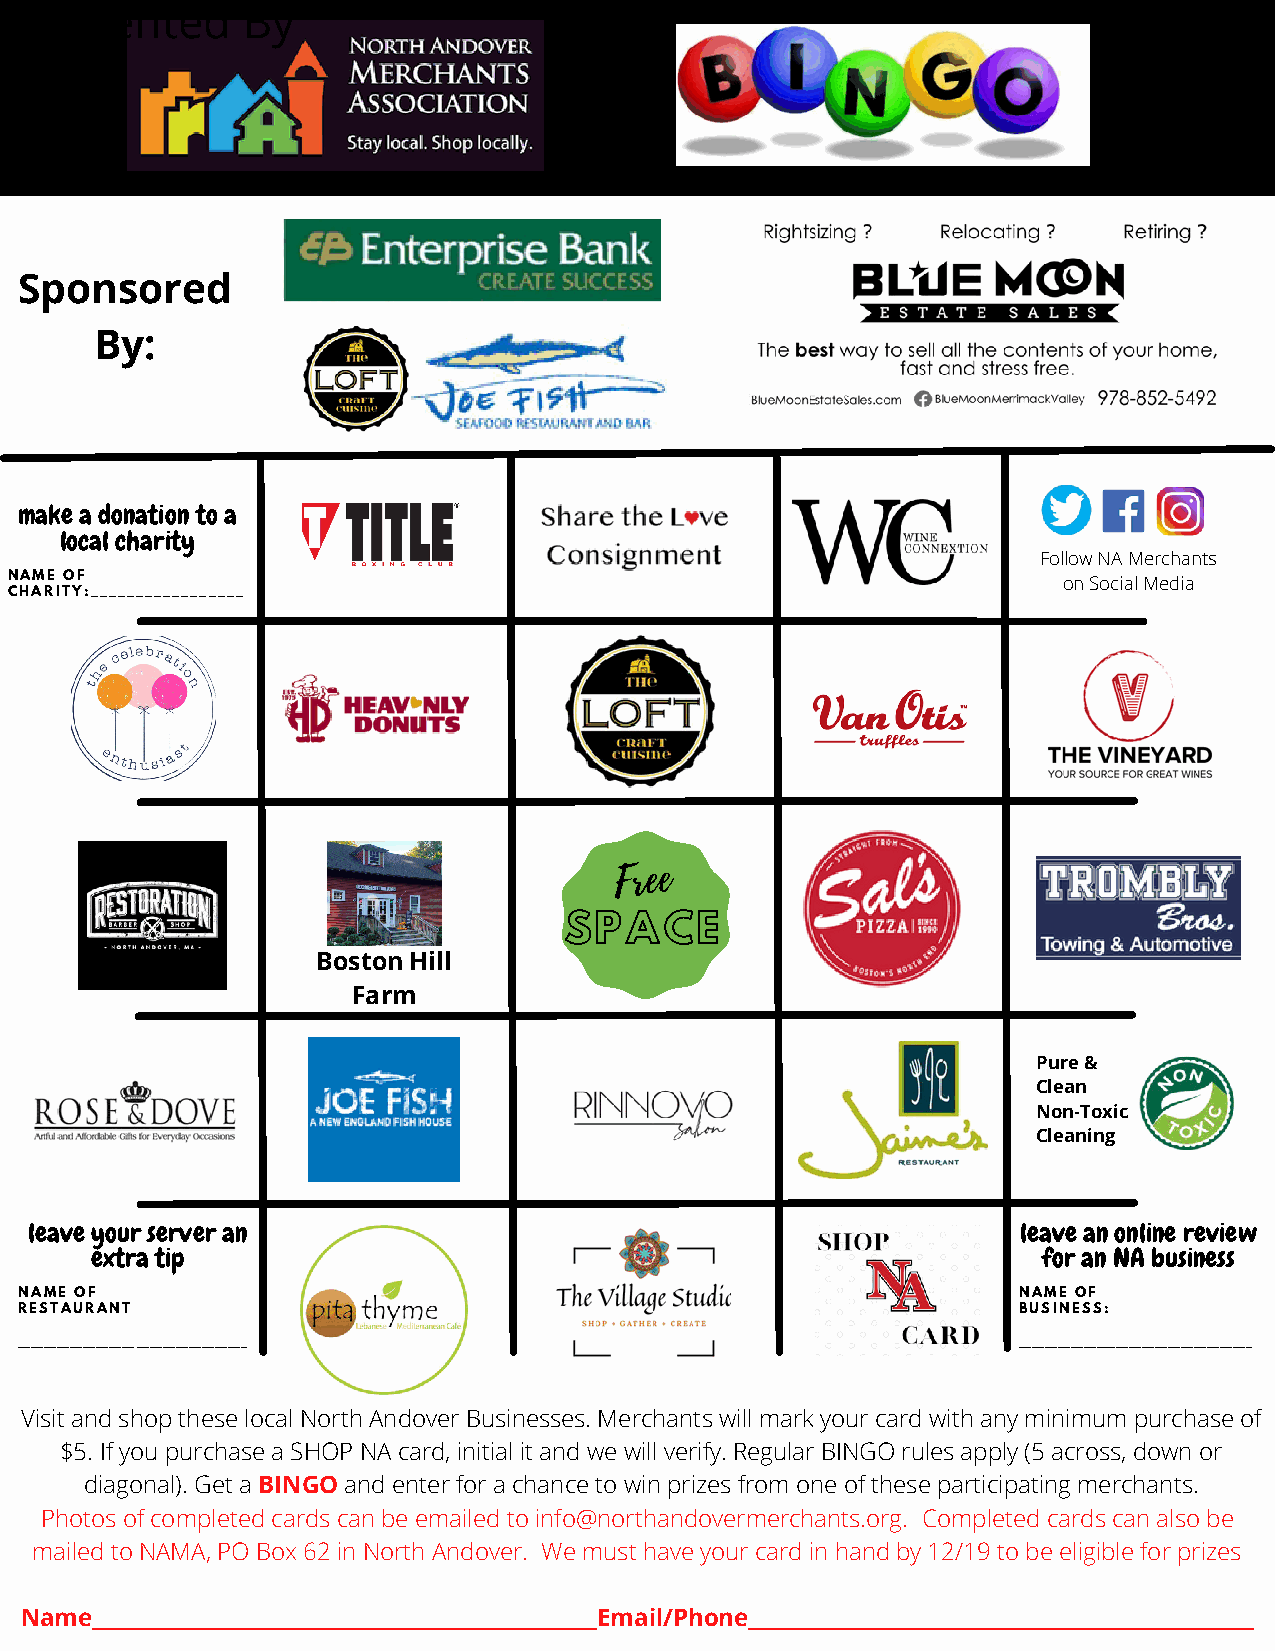
Presented      By
 Sponsored
 By:
 make a donation to a
 local charity
 Follow NA Merchants
 NAME OF                                                              on Social Media
 CHARITY:_________________
 Free
 SPACE
 Boston Hill
 Farm
 Pure &
 Clean
 Non-Toxic
 Cleaning
 leave your server an                                              leave an online review
 extra tip                                                      for an NA business
 N A M E O F                                                       N A M E O F
 R E S T A U R A N T                                               B U S I N E S S :
 __________________ _________________                              ____________________________________
 Visit and shop these local North Andover Businesses. Merchants will mark your card with any minimum purchase of
 $5. If you purchase a SHOP NA card, initial it and we will verify. Regular BINGO rules apply (5 across, down or
 diagonal). Get a BINGO and enter for a chance to win prizes from one of these participating merchants.
 Photos of completed cards can be emailed to info@northandovermerchants.org. Completed cards can also be
 mailed to NAMA, PO Box 62 in North Andover. We must have your card in hand by 12/19 to be eligible for prizes
 Name___________________________________________________Email/Phone___________________________________________________